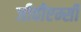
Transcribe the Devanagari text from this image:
जीवीएम्सी